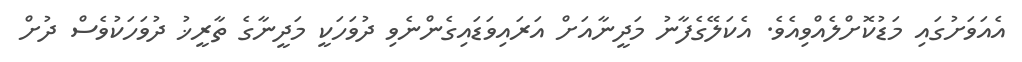
އެއަވަށުގައި މަޑުކޮށްލެއްވިއެވެ. އެކަލޭގެފާނު މަދީނާއަށް އަރައިވަޑައިގެންނެވި ދުވަހަކީ މަދީނާގެ ތާރީޚު ދުވަހަކުވެސް ދުށް